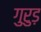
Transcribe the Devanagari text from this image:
गुरुड़